Indian journal of veterinary science and animal husbandry - Volume 9,
Year: 1939
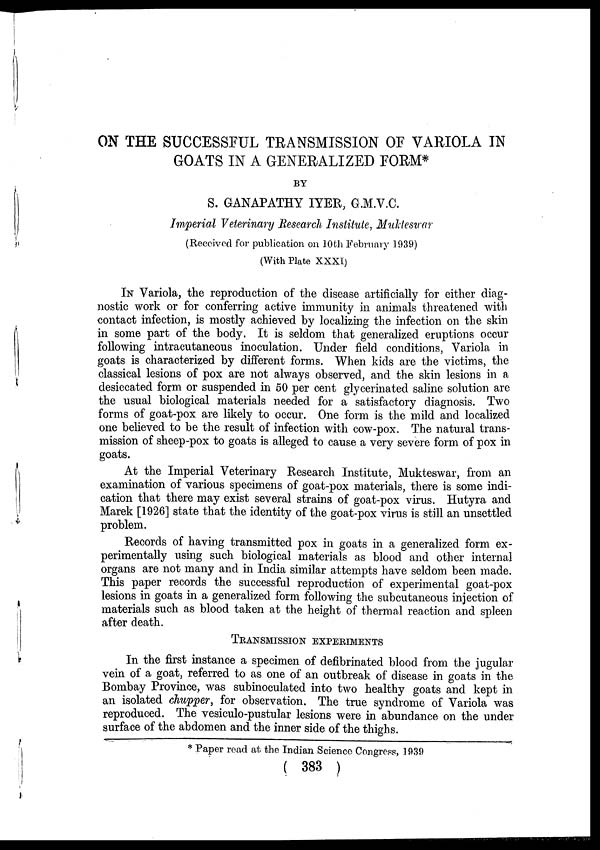
ON THE SUCCESSFUL TRANSMISSION OF VARIOLA IN
GOATS IN A GENERALIZED FORM*
BY
S. GANAPATHY IYER, G.M.V.C.
Imperial Veterinary Research Institute, Mukteswar
(Received for publication on 10th February 1939)
(With Plate XXXI)
IN Variola, the reproduction of the disease artificially for either diag-
nostic work or for conferring active immunity in animals threatened with
contact infection, is mostly achieved by localizing the infection on the skin
in some part of the body. It is seldom that generalized eruptions occur
following intracutaneous inoculation. Under field conditions, Variola in
goats is characterized by different forms. When kids are the victims, the
classical lesions of pox are not always observed, and the skin lesions in a
desiccated form or suspended in 50 per cent glycerinated saline solution are
the usual biological materials needed for a satisfactory diagnosis. Two
forms of goat-pox are likely to occur. One form is the mild and localized
one believed to be the result of infection with cow-pox. The natural trans-
mission of sheep-pox to goats is alleged to cause a very severe form of pox in
goats.
At the Imperial Veterinary Research Institute, Mukteswar, from an
examination of various specimens of goat-pox materials, there is some indi-
cation that there may exist several strains of goat-pox virus. Hutyra and
Marek [1926] state that the identity of the goat-pox virus is still an unsettled
problem.
Records of having transmitted pox in goats in a generalized form ex-
perimentally using such biological materials as blood and other internal
organs are not many and in India similar attempts have seldom been made.
This paper records the successful reproduction of experimental goat-pox
lesions in goats in a generalized form following the subcutaneous injection of
materials such as blood taken at the height of thermal reaction and spleen
after death.
TRANSMISSION EXPERIMENTS
In the first instance a specimen of defibrinated blood from the jugular
vein of a goat, referred to as one of an outbreak of disease in goats in the
Bombay Province, was subinoculated into two healthy goats and kept in
an isolated chupper, for observation. The true syndrome of Variola was
reproduced. The vesiculo-pustular lesions were in abundance on the under
surface of the abdomen and the inner side of the thighs.
* Paper read at the Indian Science Congress, 1939
( 383 )